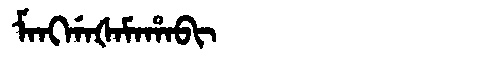
Manchu: ᠮᠠᠩᡤᠠᡧᠠᠮᠠᡥᠠᠪᡳ
Romanization: MANGGAŠAMAHABI